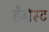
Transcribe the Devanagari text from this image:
हेंगेस्ट